Malaria in the Punjab - Number 46
Disease focus: Malaria
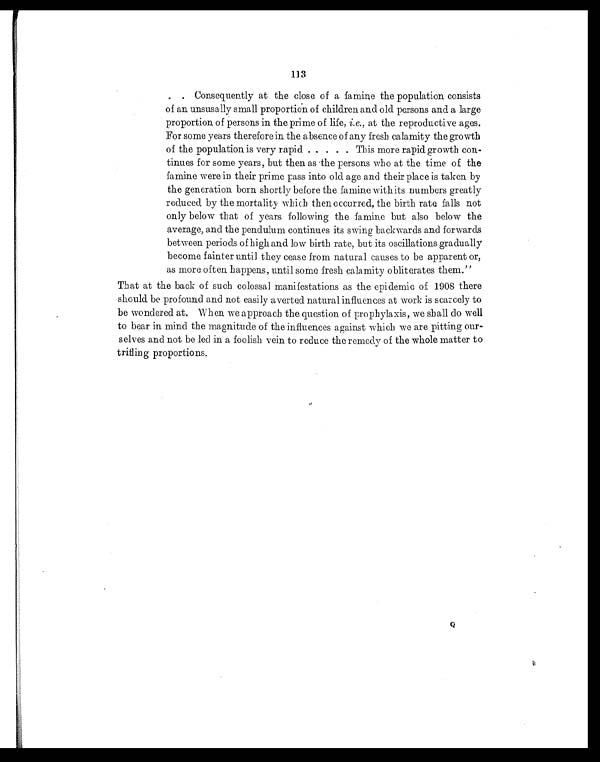
113
. . Consequently at the close of a famine the population consists
of an unsusally small proportion of children and old persons and a large
proportion of persons in the prime of life, i.e., at the reproductive ages.
For some years therefore in the absence of any fresh calamity the growth
of the population is very rapid . . . . . This more rapid growth con-
tinues for some years, but then as the persons who at the time of the
famine were in their prime pass into old age and their place is taken by
the generation born shortly before the famine withits numbers greatly
reduced by the mortality which then occurred, the birth rate falls not
only below that of years following the famine but also below the
average, and the pendulum continues its swing backwards and forwards
between periods of high and low birth rate, but its oscillations gradually
become fainter until they cease from natural causes to be apparent or,
as more often happens, until some fresh calamity obliterates them."
That at the back of such colossal manifestations as the epidemic of 1908 there
should be profound and not easily averted natural influences at work is scarcely to
be wondered. at. When we approach the question of prophylaxis, we shall do well
to bear in mind the magnitude of the influences against which we are pitting our-
selves and not be led in a foolish vein to reduce the remedy of the whole matter to
trifling proportions.